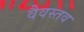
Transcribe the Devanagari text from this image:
वैवस्तव